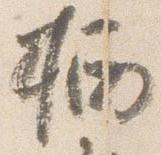
栖